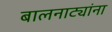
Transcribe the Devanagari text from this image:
बालनाट्यांना